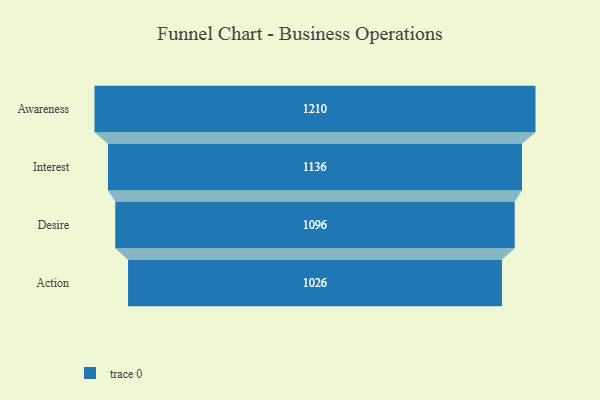
{"axis": {"x": "Stage", "y": "Value"}, "legend": [""], "data": [{"x": "Awareness", "y": 1210.0, "type": ""}, {"x": "Interest", "y": 1136.0, "type": ""}, {"x": "Desire", "y": 1096.0, "type": ""}, {"x": "Action", "y": 1026.0, "type": ""}]}